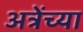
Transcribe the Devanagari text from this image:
अत्रेंच्या